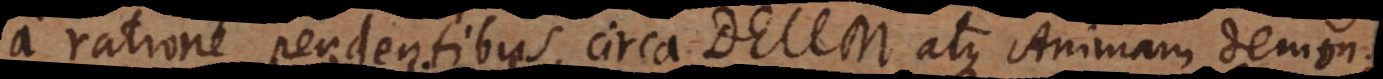
a ratione pendentibus, circa Deum atque Animam demon